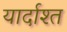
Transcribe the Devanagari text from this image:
यार्दाश्त